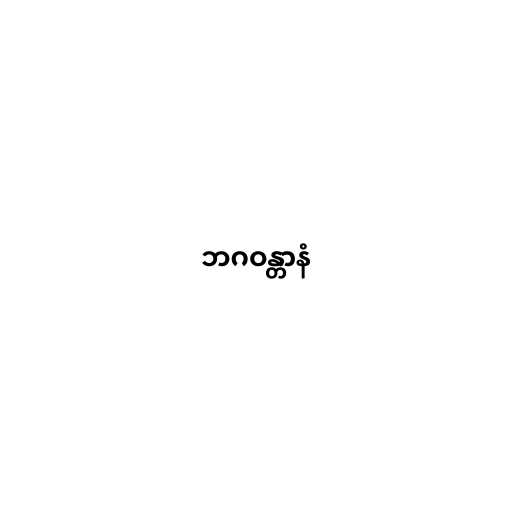
ဘဂဝန္တာနံ